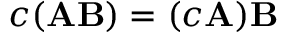
c ( \mathbf { A B } ) = ( c \mathbf { A } ) \mathbf { B }